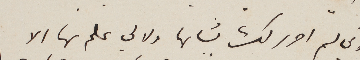
لاني لم احرر لك بشانها ولا لي علم بها الا